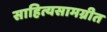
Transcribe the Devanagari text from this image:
साहित्यसामग्रीत